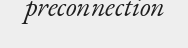
preconnection